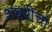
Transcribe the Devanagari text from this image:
शबरीचा